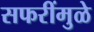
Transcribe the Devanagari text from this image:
सफरींमुळे